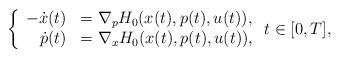
LaTeX: \begin{align*}\left\{\begin{array}{rll}-\dot{x}(t)&= \nabla_p H_0 (x(t),p(t),u(t)),\\\dot{p}(t) &= \nabla_x H_0 (x(t),p(t),u(t)),\end{array}\right.t\in [0,T],\end{align*}